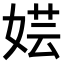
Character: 𫰼